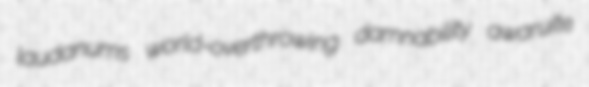
laudanums world-overthrowing damnability awaruite